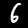
Digit: 6